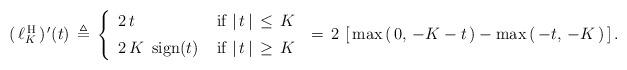
LaTeX: \begin{align*}( \, \ell_K^{\, {\rm H}} \, )^{\, \prime}(t) \, \triangleq \, \left\{ \begin{array}{ll}2 \, t & \;\mbox{if $| \, t \, | \, \leq \, K$} \\ [5pt]2 \, K \,\mbox{ sign}(t) & \; \mbox{if $| \, t \, | \, \geq \, K$}\end{array} \right. \, = \, 2 \, \left[ \, \max\left( \, 0, \, -K - t \, \right) - \max\left( \, -t, \, -K \, \right) \, \right].\end{align*}